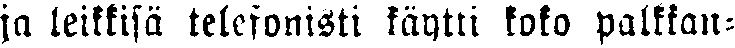
ja leikkisä telefonisti täytti koko palkkan-